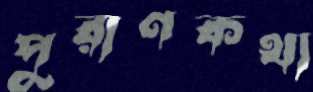
পুরাণকথা